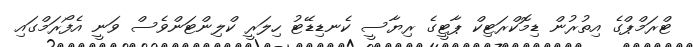
ޓްރަމްޕްގެ އިތުރުން ޑިމޮކްރަޓިކް ޕާޓީގެ ރިޔާސީ ކެނޑިޑޭޓު ހިލަރީ ކްލިންޓަންވެސް ވަނީ އެފޯރަމްގައި